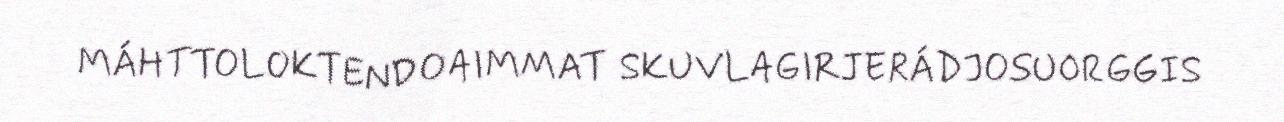
MÁHTTOLOKTENDOAIMMAT SKUVLAGIRJERÁDJOSUORGGIS